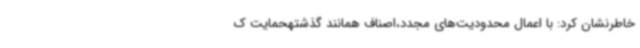
خاطرنشان کرد: با اعمال محدودیت‌های مجدد،اصناف همانند گذشتهحمایت ک